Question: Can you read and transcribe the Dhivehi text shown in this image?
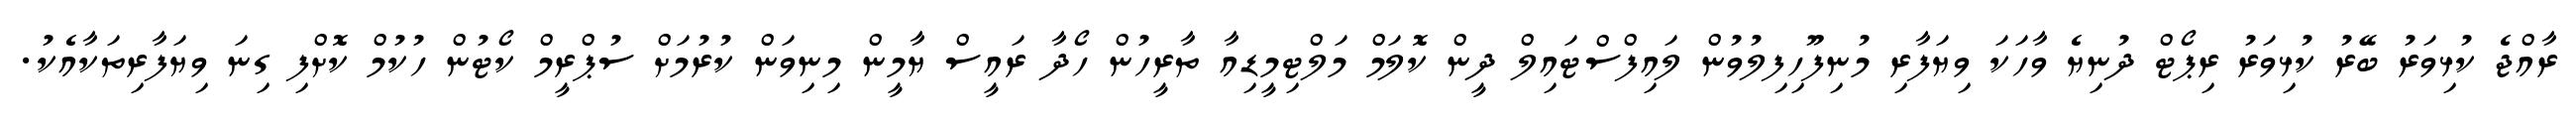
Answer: ރާއްޖެ ކުޅިވަރު ބޭރު ކުޅިވަރު ރިޕޯޓް ދުނިޔެ ވާހަކަ ވިޔަފާރި މުނިފޫހިފިލުވުން ލައިފްސްޓައިލް ދީން ކޮލަމް މަލްޓިމީޑިއާ ތާރީހުން ހޯދާ ރައީސް ޔާމީން މިނިވަން ކުރުމަށް ސުޕްރީމް ކޯޓުން ހުކުމް ކޮށްފި ގިނަ ވިޔަފާރިތަކާއެކު.